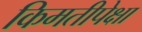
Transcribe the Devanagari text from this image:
किमतीपेक्षा